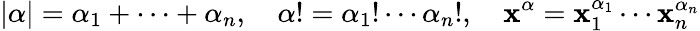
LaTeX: |\alpha|=\alpha_{1}+\cdots+\alpha_{n},\quad\alpha!=\alpha_{1}!\cdots\alpha_{n}!,\quad{\boldsymbol{\mathbf{x}}}^{\alpha}=\mathbf{x}_{1}^{\alpha_{1}}\cdots\mathbf{x}_{n}^{\alpha_{n}}